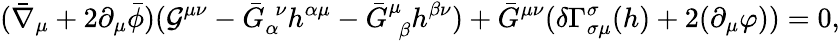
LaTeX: (\bar{\nabla}_{\mu}+2\partial_{\mu}\bar{\phi})({\cal G}^{\mu\nu}-\bar{G}_{\alpha}^{~~\nu}h^{\alpha\mu}-\bar{G}_{~~\beta}^{\mu}h^{\beta\nu})+\bar{G}^{\mu\nu}(\delta\Gamma_{\sigma\mu}^{\sigma}(h)+2(\partial_{\mu}\varphi))=0,